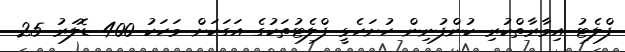
ފްލެޓު އިމާރާތްކުރި ކުންފުނިން ހުށަހެޅީ ފްލެޓުތަކުގެ އަގަކަށް މަހަކު 400 ޑޮލަރު 25